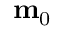
\mathbf { m } _ { 0 }